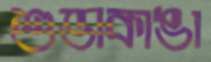
শুভাকাঙা